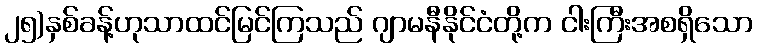
၂၅)နှစ်ခန့်ဟုသာထင်မြင်ကြသည် ဂျာမနီနိုင်ငံတို့က ငါးကြီးအစရှိသော